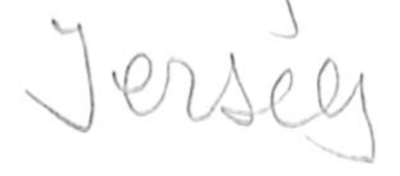
Text: Jersey
Cross-out: clean
Writing tool: pencil